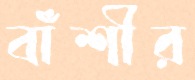
বাঁশীর